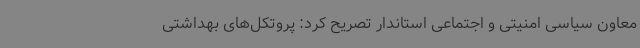
معاون سیاسی امنیتی و اجتماعی استاندار تصریح کرد: پروتکل‌های بهداشتی